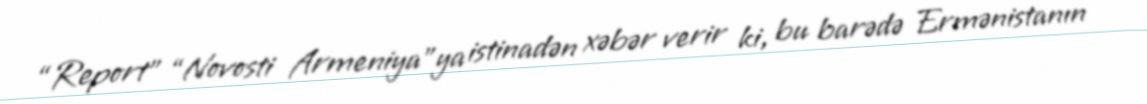
“Report” “Novosti Armeniya”ya istinadən xəbər verir ki, bu barədə Ermənistanın